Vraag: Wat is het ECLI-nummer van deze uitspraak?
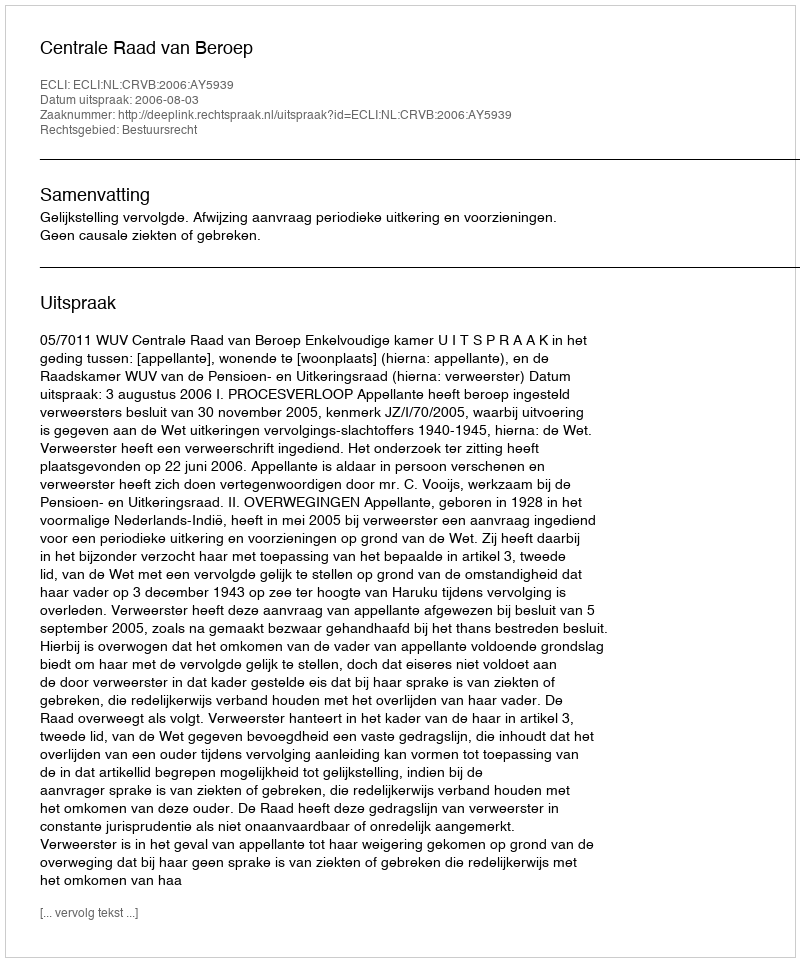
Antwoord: ECLI:NL:CRVB:2006:AY5939